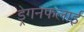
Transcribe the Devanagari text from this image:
ड्रेगनफलाई